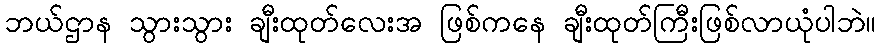
ဘယ်ဌာန သွားသွား ချီးထုတ်လေးအ ဖြစ်ကနေ ချီးထုတ်ကြီးဖြစ်လာယုံပါဘဲ။